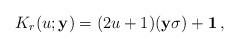
LaTeX: \begin{align*}K_r (u;{\bf y})=(2u+1)({\bf y}{\bf {\sigma}})+{\bf 1}\,,\end{align*}